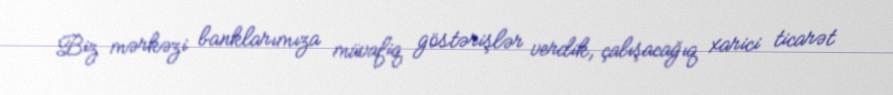
Biz mərkəzi banklarımıza müvafiq göstərişlər verdik, çalışacağıq xarici ticarət